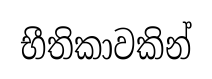
භීතිකාවකින්